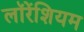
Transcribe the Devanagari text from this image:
लॉरेंशियम